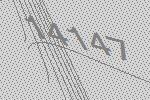
14147